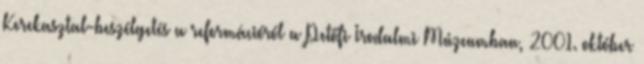
Kerekasztal-beszélgetés a reformációról a Petőfi Irodalmi Múzeumban, 2001. október